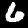
Digit: 6